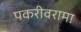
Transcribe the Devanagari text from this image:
पकरीवरामा